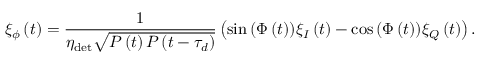
\xi _ { \phi } \left( t \right) = \frac { 1 } { \eta _ { \mathrm { d e t } } \sqrt { P \left( t \right) P \left( t - \tau _ { d } \right) } } \left( \sin { \left( \Phi \left( t \right) \right) } \xi _ { I } \left( t \right) - \cos { \left( \Phi \left( t \right) \right) } \xi _ { Q } \left( t \right) \right) .